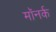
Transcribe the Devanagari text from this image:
मॉनर्क